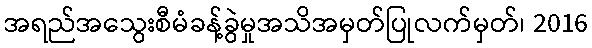
အရည်အသွေးစီမံခန့်ခွဲမှုအသိအမှတ်ပြုလက်မှတ်၊ 2016